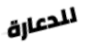
للدعارة